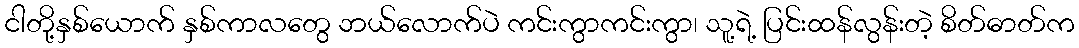
ငါတို့နှစ်ယောက် နှစ်ကာလတွေ ဘယ်လောက်ပဲ ကင်းကွာကင်းကွာ၊ သူ့ရဲ့ ပြင်းထန်လွန်းတဲ့ စိတ်ဓာတ်က